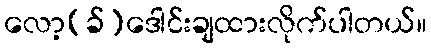
လော့(ခ်)ဒေါင်းချထားလိုက်ပါတယ်။